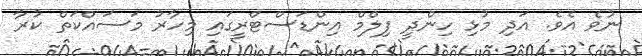
ނުވެ އެވެ. އަދި މުޅި ހިންދީ ފިލްމް އިންޑަސްޓްރީގައި މިހާރު މަސައްކަތް ކުރާ